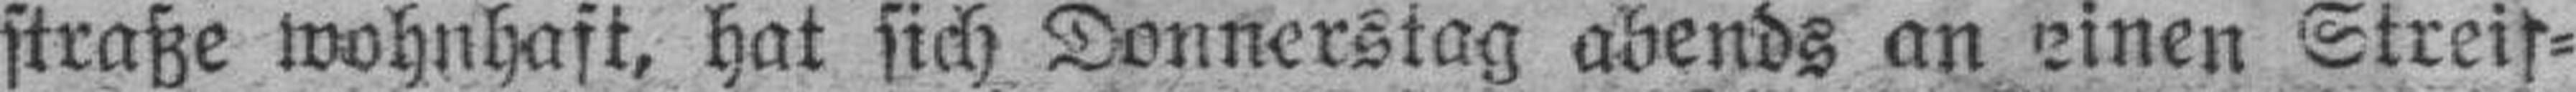
straße wohnhaft, hat sich Donnerstag abends an einen Streif¬